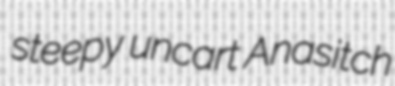
steepy uncart Anasitch